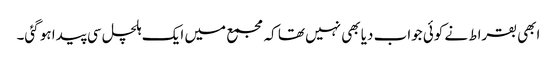
ابھی بقراط نے کوئی جواب دیا بھی نہیں تھا کہ مجمع میں ایک ہلچل سی پیدا ہو گئی۔